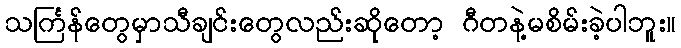
သင်္ကြန်တွေမှာသီချင်းတွေလည်းဆိုတော့ ဂီတနဲ့မစိမ်းခဲ့ပါဘူး။